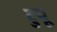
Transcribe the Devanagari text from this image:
टुयू